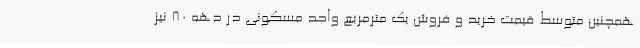
همچنین متوسط قیمت خرید و فروش یک مترمربع واحد مسکونی در دهه ۸۰ نیز